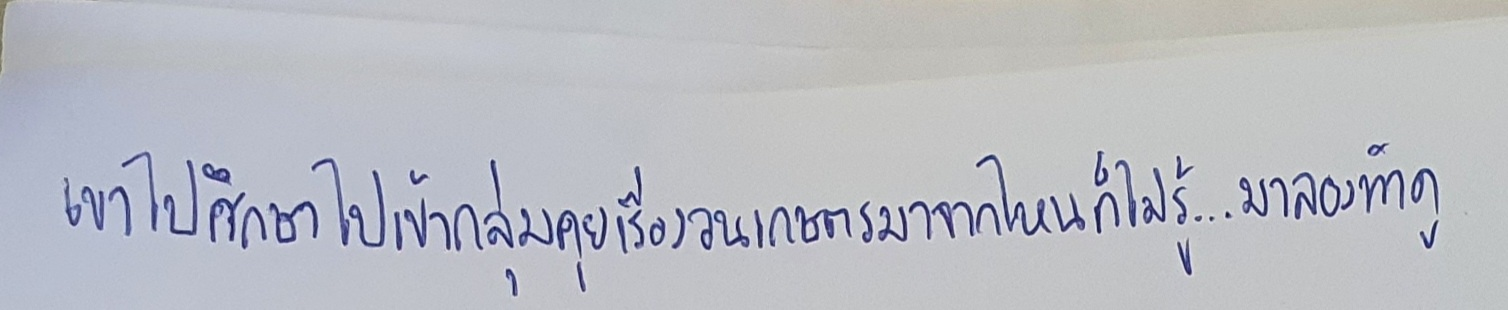
เขาไปศึกษาไปเข้ากลุ่มคุยเรื่องวนเกษตรมาจากไหนก็ไม่รู้...มาลองทำดู